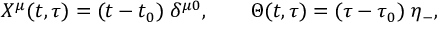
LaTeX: X ^ { \mu } ( t , \tau ) = ( t - t _ { 0 } ) \; \delta ^ { \mu 0 } , \quad \quad \Theta ( t , \tau ) = ( \tau - \tau _ { 0 } ) \; \eta _ { - } ,